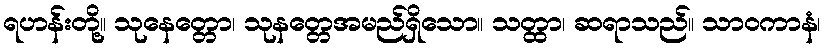
ရဟန်းတို့။ သုနေတ္တော၊ သုနတ္တေအမည်ရှိသော။ သတ္ထာ၊ ဆရာသည်။ သာဝကာနံ၊